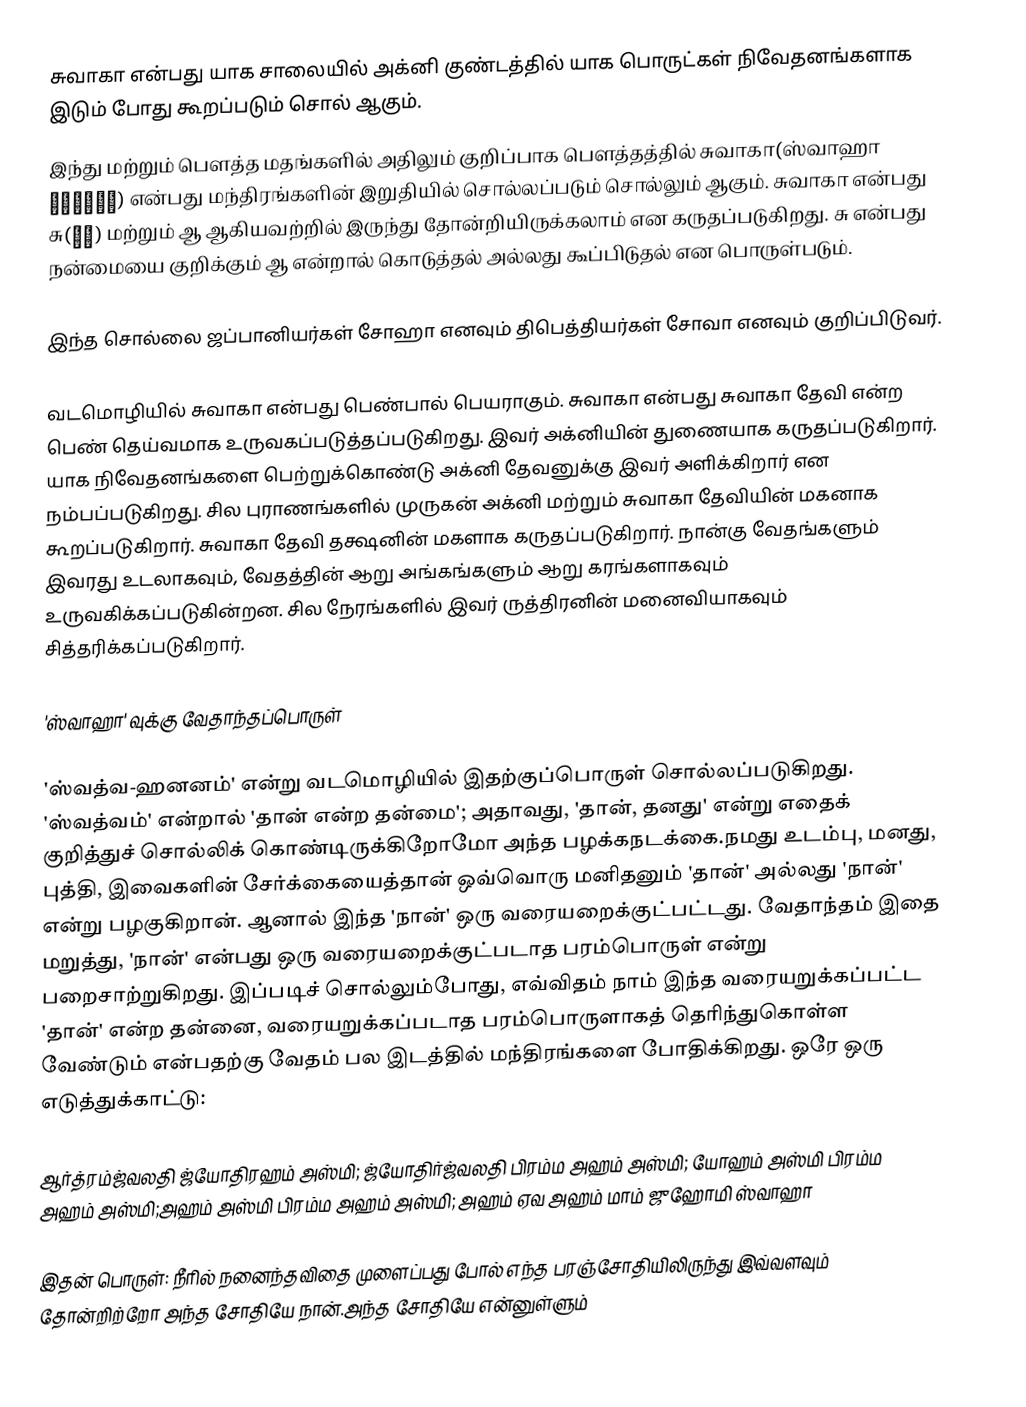
சுவாகா என்பது யாக சாலையில் அக்னி குண்டத்தில் யாக பொருட்கள் நிவேதனங்களாக இடும் போது கூறப்படும் சொல் ஆகும்.
இந்து மற்றும் பௌத்த மதங்களில் அதிலும் குறிப்பாக பௌத்தத்தில் சுவாகா(ஸ்வாஹா स्वाहा) என்பது மந்திரங்களின் இறுதியில் சொல்லப்படும் சொல்லும் ஆகும். சுவாகா என்பது சு(सु) மற்றும் ஆ  ஆகியவற்றில் இருந்து தோன்றியிருக்கலாம் என கருதப்படுகிறது. சு என்பது நன்மையை குறிக்கும் ஆ என்றால் கொடுத்தல் அல்லது கூப்பிடுதல் என பொருள்படும்.

இந்த சொல்லை ஜப்பானியர்கள் சோஹா எனவும் திபெத்தியர்கள் சோவா எனவும் குறிப்பிடுவர்.

வடமொழியில் சுவாகா என்பது பெண்பால் பெயராகும். சுவாகா என்பது சுவாகா தேவி என்ற பெண் தெய்வமாக உருவகப்படுத்தப்படுகிறது. இவர் அக்னியின் துணையாக கருதப்படுகிறார். யாக நிவேதனங்களை பெற்றுக்கொண்டு அக்னி தேவனுக்கு இவர் அளிக்கிறார் என நம்பப்படுகிறது. சில புராணங்களில் முருகன் அக்னி மற்றும் சுவாகா தேவியின் மகனாக கூறப்படுகிறார். சுவாகா தேவி தக்ஷனின் மகளாக கருதப்படுகிறார். நான்கு வேதங்களும் இவரது உடலாகவும், வேதத்தின் ஆறு அங்கங்களும் ஆறு கரங்களாகவும் உருவகிக்கப்படுகின்றன. சில நேரங்களில் இவர் ருத்திரனின் மனைவியாகவும் சித்தரிக்கப்படுகிறார்.

'ஸ்வாஹா' வுக்கு வேதாந்தப்பொருள்

'ஸ்வத்வ-ஹனனம்' என்று வடமொழியில் இதற்குப்பொருள் சொல்லப்படுகிறது. 'ஸ்வத்வம்' என்றால் 'தான் என்ற தன்மை';  அதாவது, 'தான், தனது' என்று எதைக் குறித்துச் சொல்லிக் கொண்டிருக்கிறோமோ அந்த பழக்கநடக்கை.நமது உடம்பு, மனது, புத்தி, இவைகளின் சேர்க்கையைத்தான் ஒவ்வொரு மனிதனும் 'தான்' அல்லது 'நான்' என்று பழகுகிறான். ஆனால் இந்த 'நான்' ஒரு வரையறைக்குட்பட்டது. வேதாந்தம் இதை மறுத்து, 'நான்' என்பது ஒரு வரையறைக்குட்படாத பரம்பொருள் என்று பறைசாற்றுகிறது. இப்படிச் சொல்லும்போது, எவ்விதம் நாம் இந்த வரையறுக்கப்பட்ட 'தான்' என்ற தன்னை, வரையறுக்கப்படாத பரம்பொருளாகத் தெரிந்துகொள்ள வேண்டும் என்பதற்கு வேதம் பல இடத்தில் மந்திரங்களை போதிக்கிறது. ஒரே ஒரு எடுத்துக்காட்டு:

ஆர்த்ரம்ஜ்வலதி ஜ்யோதிரஹம் அஸ்மி; ஜ்யோதிர்ஜ்வலதி பிரம்ம அஹம் அஸ்மி; யோஹம் அஸ்மி பிரம்ம அஹம் அஸ்மி;அஹம் அஸ்மி பிரம்ம அஹம் அஸ்மி; அஹம் ஏவ அஹம் மாம் ஜுஹோமி ஸ்வாஹா

இதன் பொருள்: நீரில் நனைந்தவிதை முளைப்பது போல் எந்த பரஞ்சோதியிலிருந்து இவ்வளவும் தோன்றிற்றோ அந்த சோதியே நான்.அந்த சோதியே என்னுள்ளும்